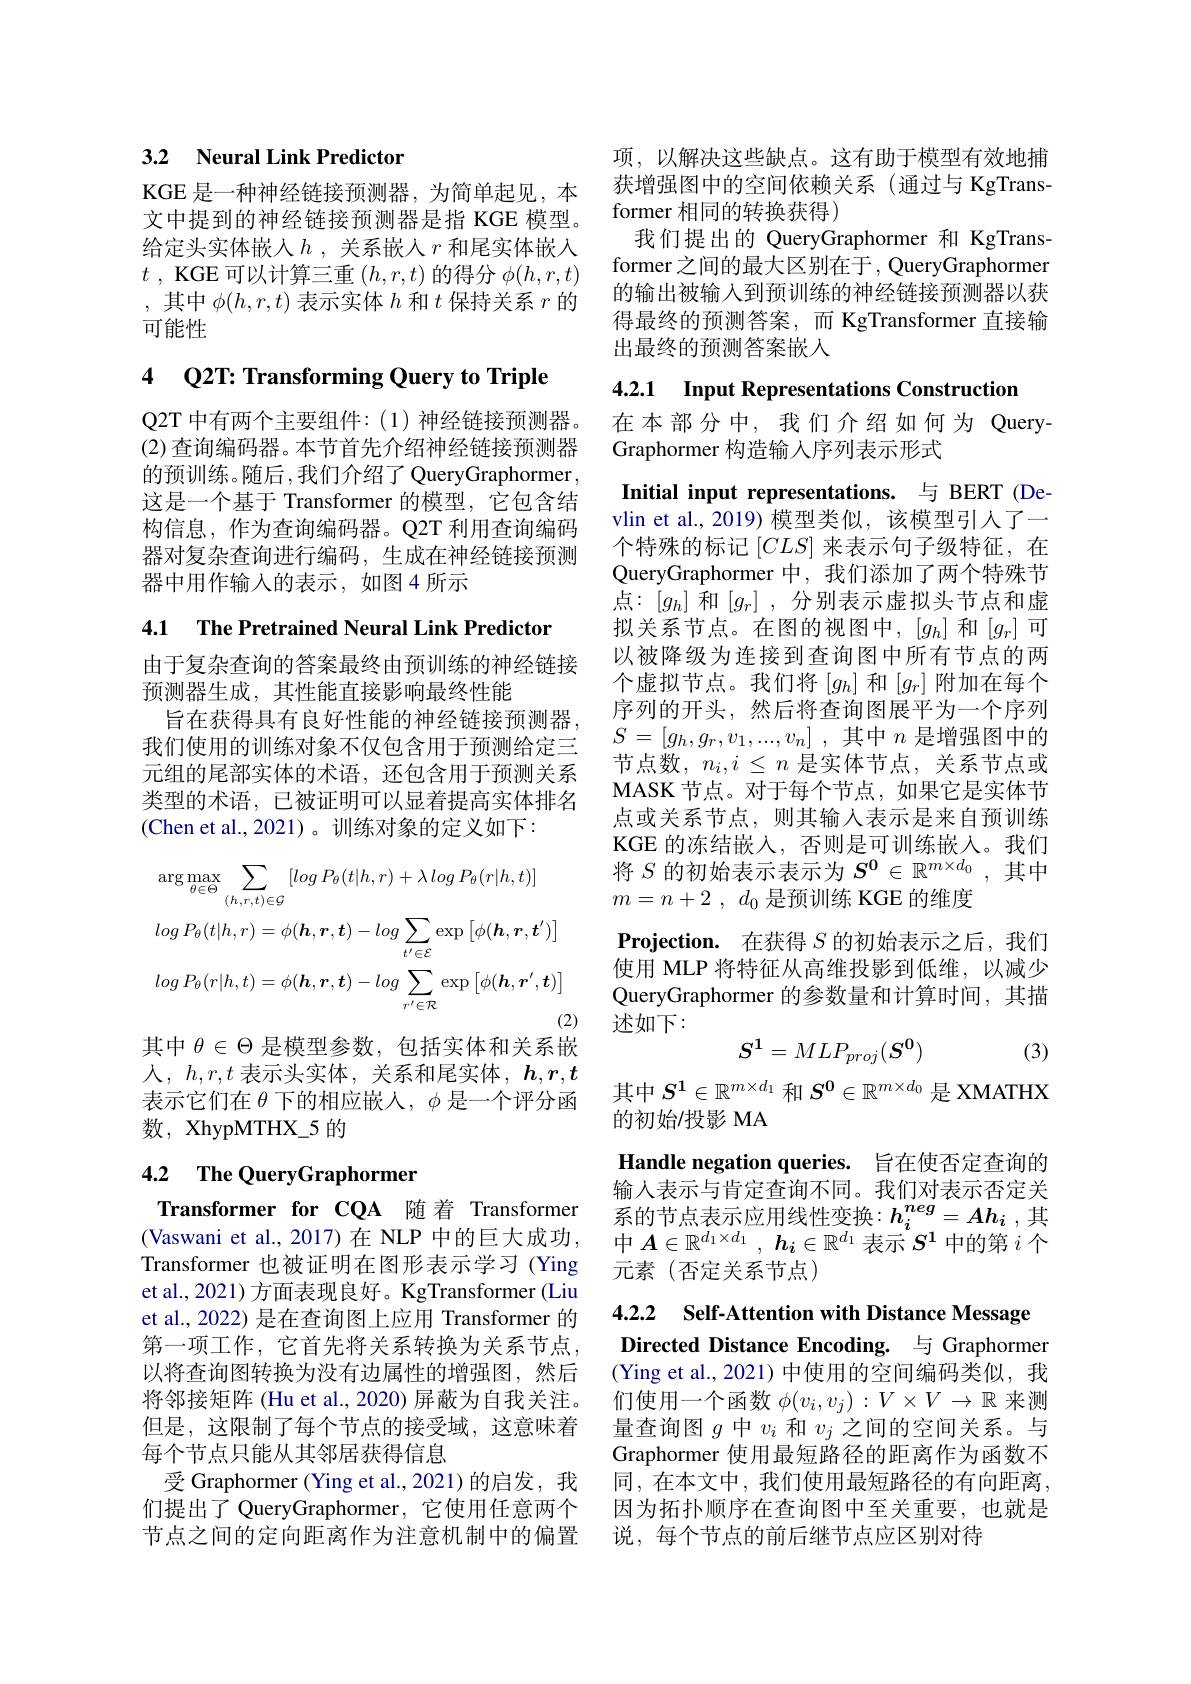
## 3.2 Neural Link Predictor

给定头实体嵌入$h$ ,关系嵌入 $r$ 和尾实体嵌入$t$ , KGE 可以计算三重$\left(h,r,t\right)$的得分$\phi(h,r,t)$ ,其中$\phi(h,r,t)$表示实体$h$和$t$保持关系$r$的可能性

## 4 Q2T: Transforming Query to Triple

Q2T 中有两个主要组件：(1)神经链接预测器。(2)查询编码器。本节首先介绍神经链接预测器的预训练。随后 ,我们介绍了 QueryGraphormer 这是一个基于 Transformer 的模型，它包含结构信息，作为查询编码器。Q2T 利用查询编码器对复杂查询进行编码，生成在神经链接预测器中用作输入的表示，如图4所示

4.1 The Pretrained Neural Link Predictor

由于复杂查询的答案最终由预训练的神经链接
预测器生成，其性能直接影响最终性能
旨在获得具有良好性能的神经链接预测器， 我们使用的训练对象不仅包含用于预测给定三元组的尾部实体的术语，还包含用于预测关系类型的术语，已被证明可以显着提高实体排名(Chen et al.,2021)。训练对象的定义如下：
$$\arg\max_{\theta\in\Theta}\sum_{(h,r,t)\in\mathcal{G}}\left[log\:P_{\theta}(t|h,r)+\lambda\:log\:P_{\theta}(r|h,t)\right]\\log\:P_{\theta}(t|h,r)=\phi(\boldsymbol{h},\boldsymbol{r},\boldsymbol{t})-log\sum_{t^{\prime}\in\mathcal{E}}\exp\left[\phi(\boldsymbol{h},\boldsymbol{r},\boldsymbol{t}^{\prime})\right]\\log\:P_{\theta}(r|h,t)=\phi(\boldsymbol{h},\boldsymbol{r},\boldsymbol{t})-log\sum_{r^{\prime}\in\mathcal{R}}\exp\left[\phi(\boldsymbol{h},\boldsymbol{r}^{\prime},\boldsymbol{t})\right]$$
其中$\theta\in\Theta$是模型参数，包括实体和关系嵌

人，$h,r,t$表示头实体，关系和尾实体，$h,r,\boldsymbol{t}$ 表示它们在$\theta$下的相应嵌人，$\phi$是一个评分函数，XhypMTHX\_5 的

## 4.2 The QueryGraphormer

Transformer for CQA 随着 Transformer (Vaswani et al., 2017)在 NLP 中的巨大成功Transformer 也被证明在图形表示学习 (Ying et al., 2021) 方面表现良好。KgTransformer (Liu et al., 2022) 是在查询图上应用 Transformer 的第一项工作，它首先将关系转换为关系节点， 以将查询图转换为没有边属性的增强图，然后将邻接矩阵(Hu et al., 2020) 屏蔽为自我关注。但是，这限制了每个节点的接受域，这意味着每个节点只能从其邻居获得信息
受 Graphormer (Ying et al., 2021) 的启发，我 同，在本文中 , 我们使用最短路径的有向距离们提出了 QueryGraphormer, 它使用任意两个 因为拓扑顺序在查询图中至关重要，也就是节点之间的定向距离作为注意机制中的偏置 说，每个节点的前后继节点应区别对待

项，以解决这些缺点。这有助于模型有效地捕
KGE 是一种神经链接预测器，为简单起见，本 获增强图中的空间依赖关系 (通过与 KgTrans-
文中提到的神经链接预测器是指 KGE 模型。former 相同的转换获得)
我们提出的 QueryGraphormer 和 KgTransformer之间的最大区别在于，QueryGraphormer 的输出被输入到预训练的神经链接预测器以获得最终的预测答案，而 KgTransformer 直接输出最终的预测答案嵌入

4.2.1 Input Representations Construction

在本部分中，我们介绍如何为 Query-
Graphormer 构造输入序列表示形式

Initial input representations. 与 BERT (Devlin et al.,2019) 模型类似，该模型引人了一个特殊的标记$[CLS]$来表示句子级特征，在QueryGraphormer 中，我们添加了两个特殊节点：$[g_h]$ 和$[g_r]$ ,分别表示虚拟头节点和虚拟关系节点。在图的视图中，$[g_h]$ 和$[g_r]$可以被降级为连接到查询图中所有节点的两个虚拟节点。我们将$[g_h]$和$[g_r]$附加在每个序列的开头，然后将查询图展平为一个序列$S= [ g_h, g_r, v_1, . . . , v_n]$ ,其中 $n$ 是增强图中的节点数，$n_i,i\leq n$是实体节点，关系节点或MASK 节点。对于每个节点，如果它是实体节点或关系节点，则其输入表示是来自预训练KGE 的冻结嵌入，否则是可训练嵌入。我们将$S$的初始表示表示为$S^\mathbf{0}\in\mathbb{R}^m\times d_0$,其中$m= n+ 2$ , $d_0$是预训练 KGE 的维度
Projection. 在获得$S$的初始表示之后，我们使用 MLP 将特征从高维投影到低维，以减少QueryGraphormer 的参数量和计算时间，其描述如下：
$$S^1=MLP_{proj}(S^0)$$
(3)

其中$S^1\in\mathbb{R}^{m\times d_1}$和$S^0\in\mathbb{R}^{m\times d_0}$是 XMATHX
的初始/投影 MA

Handle negation queries. 旨在使否定查询的输入表示与肯定查询不同。我们对表示否定关

系的节点表示应用线性变换$:h_i^{neg}=Ah_i$ ,其中$A\in \mathbb{R} ^{d_1\times d_1}$, $\boldsymbol{h}_i\in \mathbb{R} ^{d_1}$表示$S^1$中的第$i$个元素(否定关系节点)

# 4.2.2 Self-Attention with Distance Message Directed Distance Encoding. 与 Graphormer

(Ying et al., 2021)中使用的空间编码类似，我们使用一个函数$\phi(v_i,v_j):V\times V\to\mathbb{R}$来测量查询图$g$中$v_i$和$v_j$之间的空间关系。与Graphormer 使用最短路径的距离作为函数不